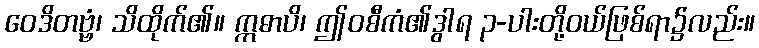
ဝေဒိတဗ္ဗံ၊ သိထိုက်၏။ ဣဓာပိ၊ ဤဝစီကံ၏ဒွါရ ၃-ပါးတို့ဝယ်ဖြစ်ရာ၌လည်း။